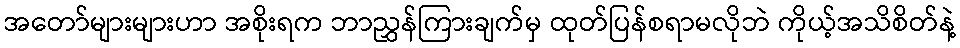
အတော်များများဟာ အစိုးရက ဘာညွှန်ကြားချက်မှ ထုတ်ပြန်စရာမလိုဘဲ ကိုယ့်အသိစိတ်နဲ့